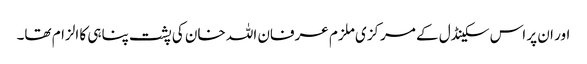
اور ان پر اس سکینڈل کے مرکزی ملزم عرفان اللہ خان کی پشت پناہی کا الزام تھا۔